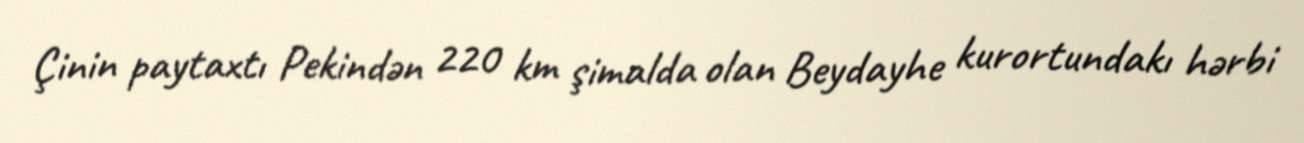
Çinin paytaxtı Pekindən 220 km şimalda olan Beydayhe kurortundakı hərbi